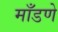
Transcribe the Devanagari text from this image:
माँडणे